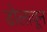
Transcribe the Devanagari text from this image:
डोलावून